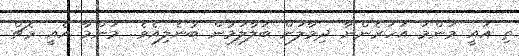
ތި އައީ މަންމަ އަހަރެންނާ ދިމާލަށް ބަލާލަމުން ބުނެލިއެވެ.. މަންމާ އެއީ މެޗް